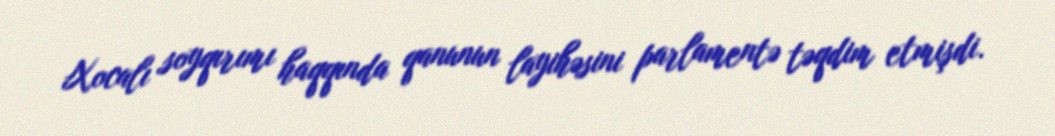
Xocalı soyqırımı haqqında qanunun layihəsini parlamentə təqdim etmişdi.